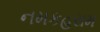
નમકહરામ